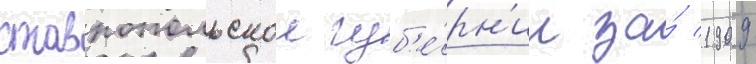
ставропольскои губ'е́рн'ии за́ 1909